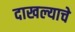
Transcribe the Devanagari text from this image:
दाखल्याचे